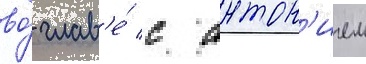
во́ глав'е́ с антон'ием